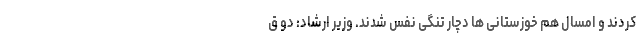
کردند و امسال هم خوزستانی ها دچار تنگی نفس شدند. وزیر ارشاد: دو ق